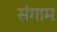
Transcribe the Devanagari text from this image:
संगाम